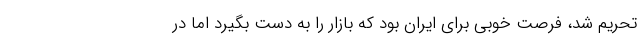
تحریم شد، فرصت خوبی برای ایران بود که بازار را به دست بگیرد اما در